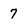
Character: 7